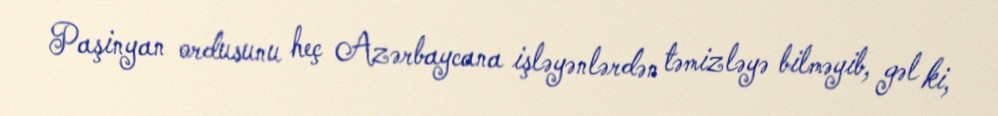
Paşinyan ordusunu heç Azərbaycana işləyənlərdən təmizləyə bilməyib, gəl ki,